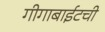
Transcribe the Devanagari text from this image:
गीगाबाईटची